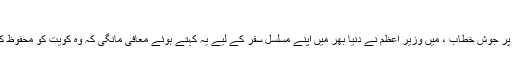
الدیستر نے لکھا:
ہمارے پارلیمنٹ کے بیکاراراکین سے پر جوش خطاب ، میں وزیر اعظم نے دنیا بھر میں اپنے مسلسل سفر کے لیے یہ کہتے ہوئے مُعافِی مانگی کہ وہ کویت کو محفوظ کرنے کے راستے تلاش کر رہے تھے۔